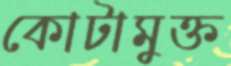
কোটামুক্ত